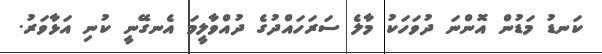
ކަނޑު މަޑުން އޮންނަ ދުވަހަކު މާލެ ސަރަހައްދުގެ ދުއްވާލީމަ އެނގޭނީ ކުނި އަޅާވަރު.